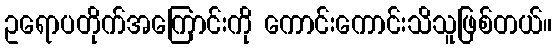
ဥရောပတိုက်အကြောင်းကို ကောင်းကောင်းသိသူဖြစ်တယ်။